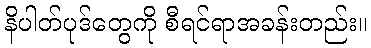
နိပါတ်ပုဒ်တွေကို စီရင်ရာအခန်းတည်း။